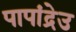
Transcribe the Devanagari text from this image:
पापांद्रेउ